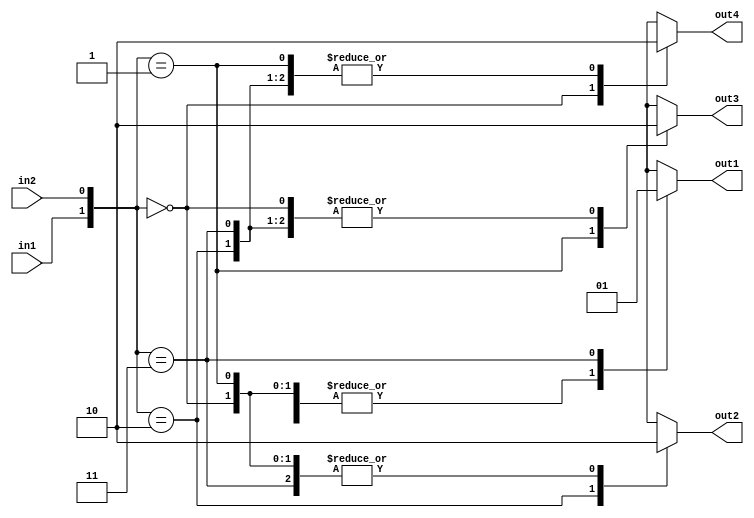
`timescale 1ns / 1ps
//////////////////////////////////////////////////////////////////////////////////
// Company: 
// Engineer: 
// 
// Design Name: 
// Module Name: decoder
// Project Name: 
// Target Devices: 
// Tool Versions: 
// Description: 
// 
// Dependencies: 
// 
// Revision:
// Revision 0.01 - File Created
// Additional Comments:
// 
//////////////////////////////////////////////////////////////////////////////////


module decoder(
    input in1,
    input in2,
    output reg out1,out2,out3,out4
    );
always @(*)
case({in1,in2})
2'b00 : begin out1=0;out2=0;out3=0;out4=1; end
2'b01 : begin out1=0;out2=0;out3=1;out4=0; end
2'b10 : begin out1=0;out2=1;out3=0;out4=0; end
2'b11 : begin out1=1;out2=0;out3=0;out4=0; end

endcase
endmodule